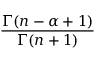
\frac { \Gamma ( n - \alpha + 1 ) } { \Gamma ( n + 1 ) }